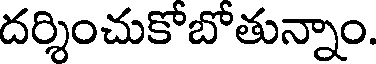
దర్శించుకోబోతున్నాం.